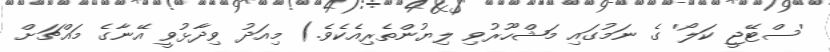
'ސްޓޭޖީ ކަލޯ' ގެ ނަމުގައި މަޝްހޫރުވި ލިޔުންތެރިއެކެވެ.) މިއަދު ވިދާޅުވީ އޭނާގެ މައްޗަށް